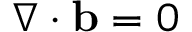
\nabla \cdot { \bf b } = 0